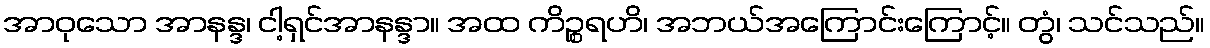
အာဝုသော အာနန္ဒ၊ ငါ့ရှင်အာနန္ဒာ။ အထ ကိဉ္စရဟိ၊ အဘယ်အကြောင်းကြောင့်။ တွံ၊ သင်သည်။